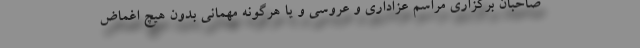
صاحبان برگزاری مراسم عزاداری و عروسی و یا هرگونه مهمانی بدون هیچ اغماض